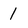
Character: 1